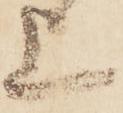
上